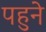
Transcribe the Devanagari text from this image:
पहुने